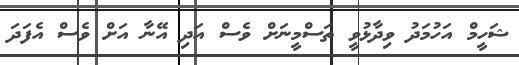
ޝަހީމް އަހުމަދު ވިދާޅުވީ ތަސްމީނަށް ވެސް އަދި އޭނާ އަށް ވެސް އެފަދަ